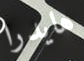
هايدرا